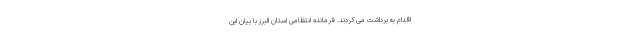
اقدام به برداشت می کردند. فرمانده انتظامی استان البرز با بیان این